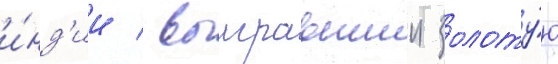
и́нд'ии / выигравшии золоту́ю